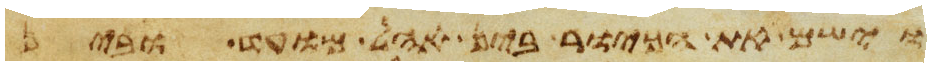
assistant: וישם את הכיור בין אהל מועד ובין